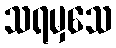
သရမှသေ